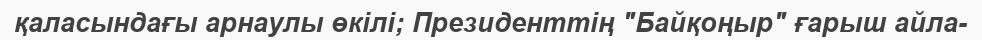
қаласындағы арнаулы өкілі; Президенттің "Байқоңыр" ғарыш айла-